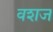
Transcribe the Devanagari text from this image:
वशज